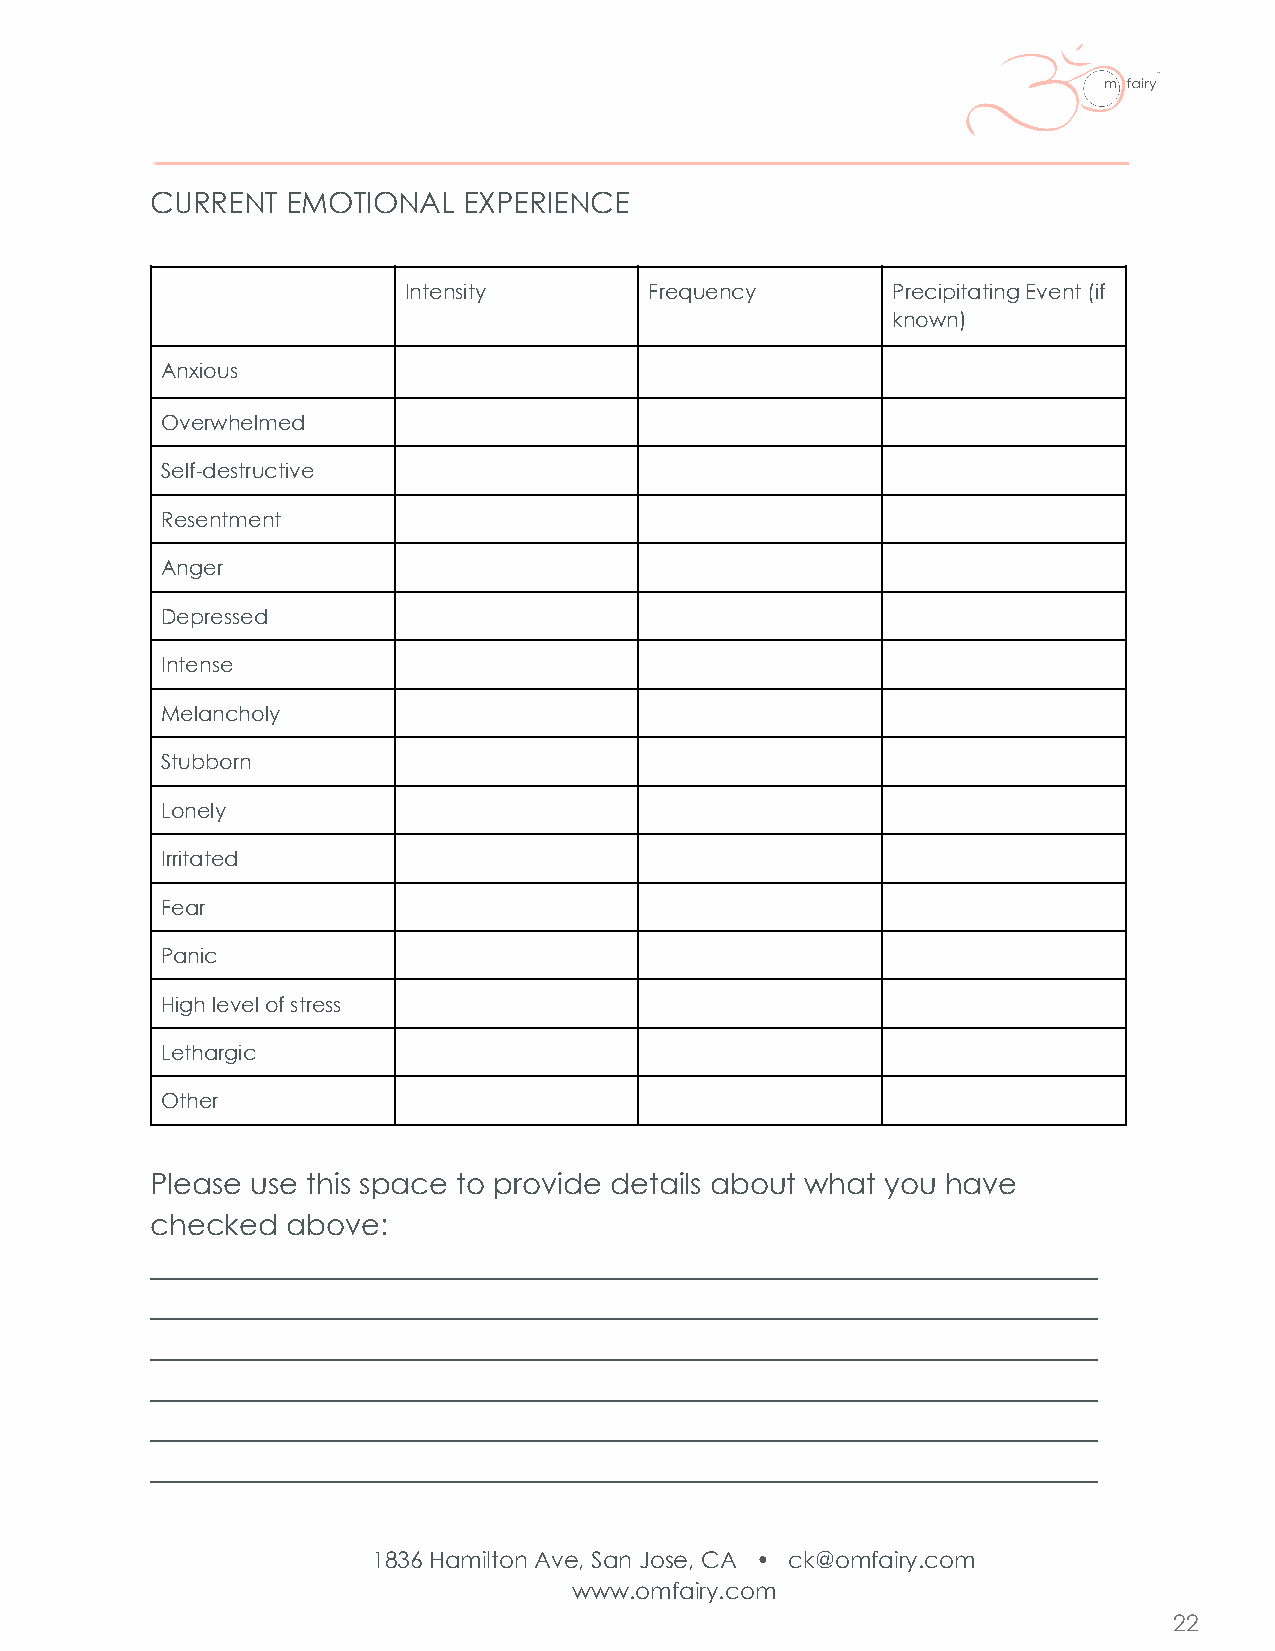
CURRENT  EMOTIONAL   EXPERIENCE
 Intensity       Frequency       Precipitating Event (if
 known)
 Anxious
 Overwhelmed
 Self-destructive
 Resentment
 Anger
 Depressed
 Intense
 Melancholy
 Stubborn
 Lonely
 Irritated
 Fear
 Panic
 High level of stress
 Lethargic
 Other
 Please use this space to provide details about what you have
 checked  above:
 _________________________________________________________________
 _________________________________________________________________
 _________________________________________________________________
 _________________________________________________________________
 _________________________________________________________________
 _________________________________________________________________
 1836 Hamilton Ave, San Jose, CA • ck@omfairy.com
 www.omfairy.com
 22